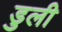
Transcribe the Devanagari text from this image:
डुली